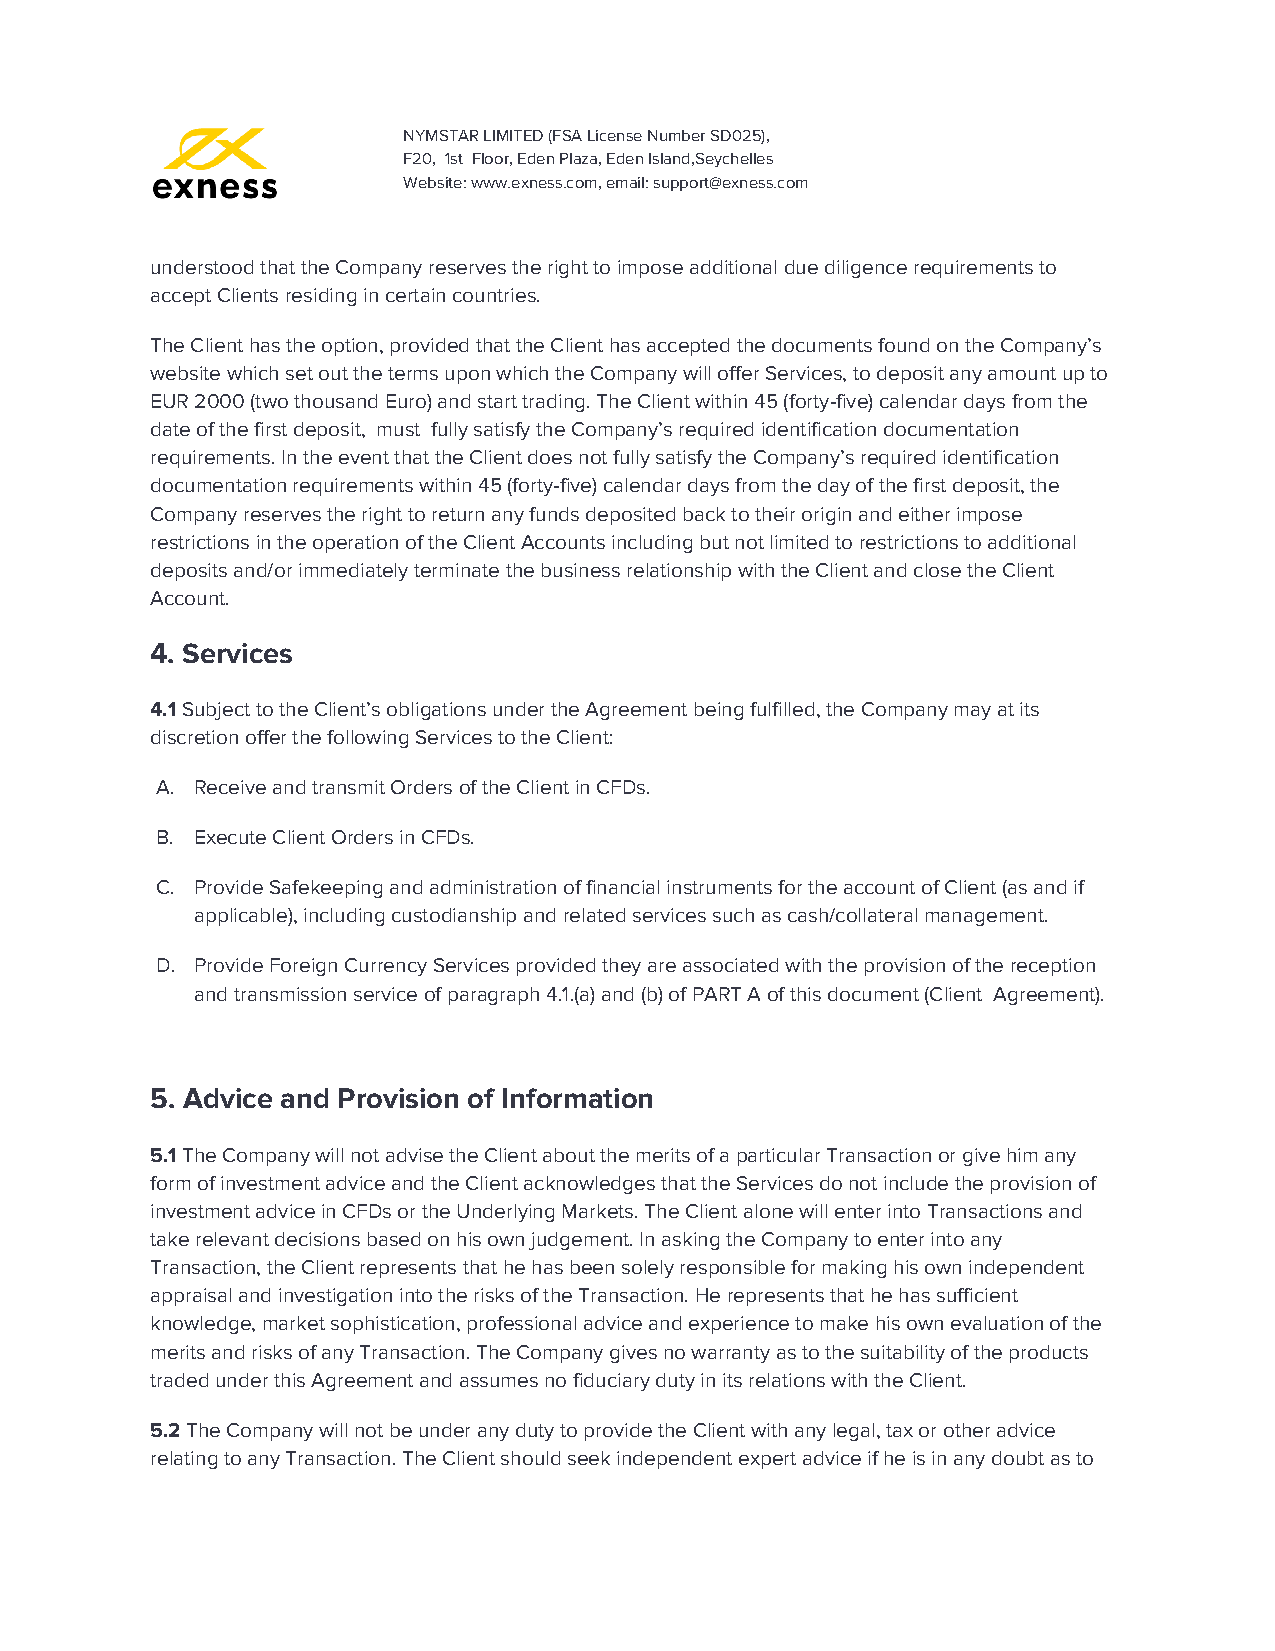
NYMSTAR LIMITED (FSA License Number SD025),
 F20, 1st Floor, Eden Plaza, Eden Island,Seychelles
 Website: www.exness.com, email: support@exness.com
 understood that the Company reserves the right to impose additional due diligence requirements to
 accept Clients residing in certain countries.
 The Client has the option, provided that the Client has accepted the documents found on the Company’s
 website which set out the terms upon which the Company will offer Services, to deposit any amount up to
 EUR 2000 (two thousand Euro) and start trading. The Client within 45 (forty-five) calendar days from the
 date of the first deposit, must fully satisfy the Company’s required identification documentation
 requirements. In the event that the Client does not fully satisfy the Company’s required identification
 documentation requirements within 45 (forty-five) calendar days from the day of the first deposit, the
 Company reserves the right to return any funds deposited back to their origin and either impose
 restrictions in the operation of the Client Accounts including but not limited to restrictions to additional
 deposits and/or immediately terminate the business relationship with the Client and close the Client
 Account.
 4. Services
 4.1 Subject to the Client’s obligations under the Agreement being fulfilled, the Company may at its
 ​
 discretion offer the following Services to the Client:
 A. Receive and transmit Orders of the Client in CFDs.
 B. Execute Client Orders in CFDs.
 C. Provide Safekeeping and administration of financial instruments for the account of Client (as and if
 applicable), including custodianship and related services such as cash/collateral management.
 D. Provide Foreign Currency Services provided they are associated with the provision of the reception
 and transmission service of paragraph 4.1.(a) and (b) of PART A of this document (Client Agreement).
 5. Advice and Provision of Information
 5.1 The Company will not advise the Client about the merits of a particular Transaction or give him any
 ​
 form of investment advice and the Client acknowledges that the Services do not include the provision of
 investment advice in CFDs or the Underlying Markets. The Client alone will enter into Transactions and
 take relevant decisions based on his own judgement. In asking the Company to enter into any
 Transaction, the Client represents that he has been solely responsible for making his own independent
 appraisal and investigation into the risks of the Transaction. He represents that he has sufficient
 knowledge, market sophistication, professional advice and experience to make his own evaluation of the
 merits and risks of any Transaction. The Company gives no warranty as to the suitability of the products
 traded under this Agreement and assumes no fiduciary duty in its relations with the Client.
 5.2 The Company will not be under any duty to provide the Client with any legal, tax or other advice
 ​
 relating to any Transaction. The Client should seek independent expert advice if he is in any doubt as to